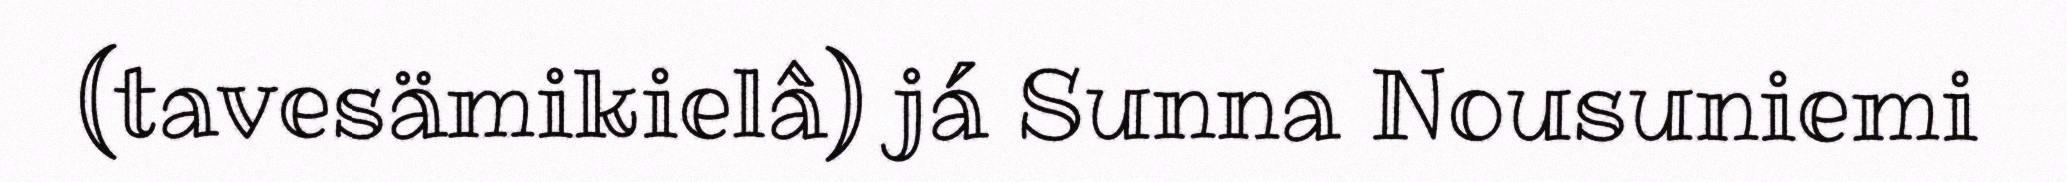
(tavesämikielâ) já Sunna Nousuniemi